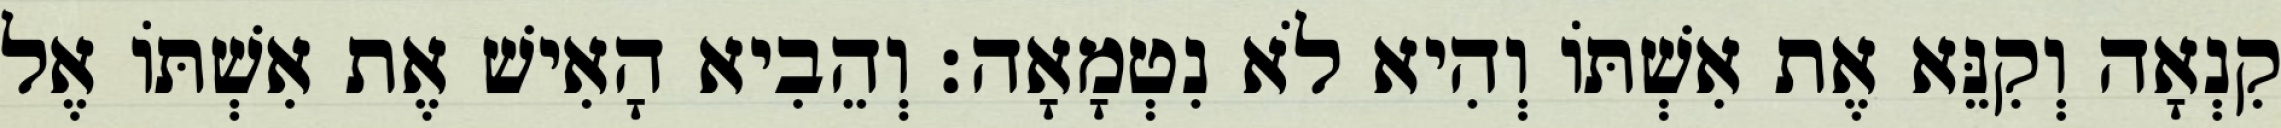
קִנְאָה וְקִנֵּא אֶת אִשְׁתּוֹ וְהִיא לֹא נִטְמָאָה׃ וְהֵבִיא הָאִישׁ אֶת אִשְׁתּוֹ אֶל